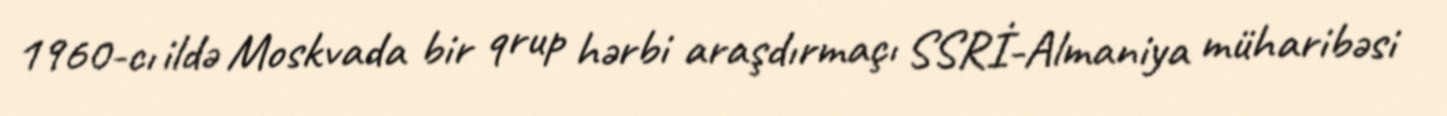
1960-cı ildə Moskvada bir qrup hərbi araşdırmaçı SSRİ-Almaniya müharibəsi